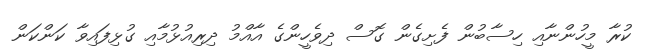
ކުރާ މީހުންނާއި ހިސާބުން ފެށިގެން ގޮސް ދިވެހީންގެ އާއްމު ދިރިއުޅުމާއި ގުޅިފައިވާ ކަންކަން